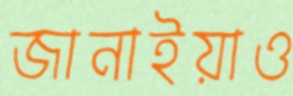
জানাইয়াও